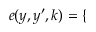
\begin{array} { r } { e ( y , y ^ { \prime } , k ) = \left\{ \begin{array} { r l } \end{array} \right. } \end{array}